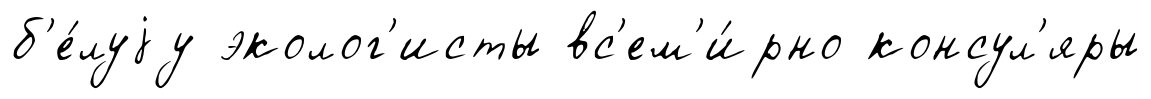
б'е́луjу эколог'исты вс'ем'и́рно консул'яры